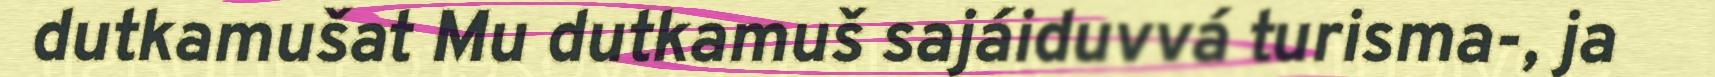
dutkamušat Mu dutkamuš sajáiduvvá turisma-, ja